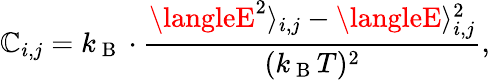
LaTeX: \mathbb{C}_{i,j}=k_{\mathrm{{~B~}}}\cdot\frac{{\langleE^{2}\rangle_{i,j}-\langleE\rangle_{i,j}^{2}}}{{(k_{\mathrm{{~B~}}}T)^{2}}},